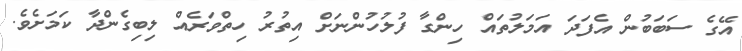
އޭގެ ސަބަބުން އެފަދަ އަމަލުތައް ހިންގާ ފުލުހުންނަށް އިތުރު ހިތްވަރެއް ލިބިގެންދާ ކަމަށެވެ.